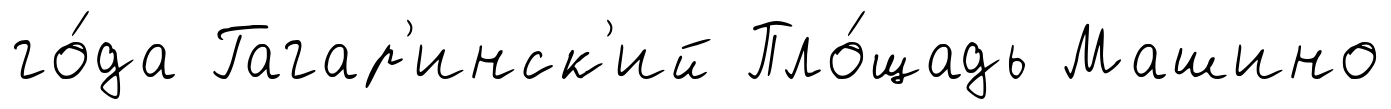
го́да Гагар'инск'ий Пло́щадь Машино